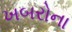
ખબરોના